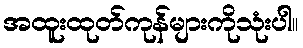
အထူးထုတ်ကုန်များကိုသုံးပါ။